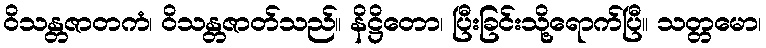
ဝိသန္တဇာတကံ၊ ဝိသန္တဇာတ်သည်။ နိဋ္ဌိတော၊ ပြီးခြင်းသို့ရောက်ပြီ။ သတ္တမော၊